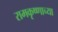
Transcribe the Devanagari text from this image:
रामकृष्णाच्या